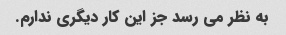
به نظر می رسد جز این کار دیگری ندارم.